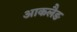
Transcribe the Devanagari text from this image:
आकलैङ